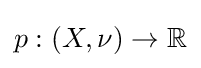
p:(X,\nu )\to \mathbb {R}